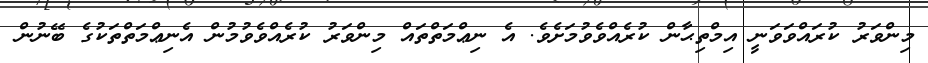
މިންވަރު ކުރައްވަވަނީ އިމްތިޙާން ކުރެއްވެވުމަށެވެ. އެ ނިޢްމަތްތައް މިންވަރު ކުރެއްވެވުމުން އެނިޢްމަތްތަކުގެ ބޭނުން